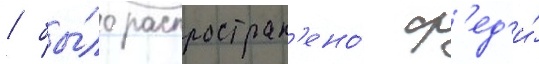
/ бы́ло распростран'ено́ ср'ед'и́